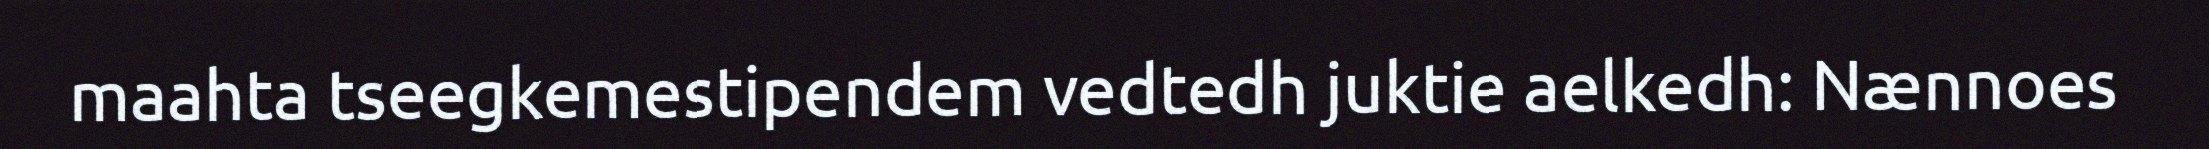
maahta tseegkemestipendem vedtedh juktie aelkedh: Nænnoes